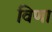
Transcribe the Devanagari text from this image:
विणा